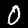
Digit: 0